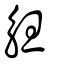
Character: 觛